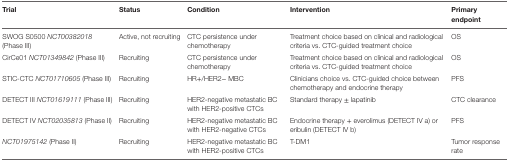
<table><thead><tr><td><b>Trial</b></td><td><b>Status</b></td><td><b>Condition</b></td><td><b>Intervention</b></td><td><b>Primary endpoint</b></td></tr></thead><tbody><tr><td>SWOG S0500 <i>NCT00382018</i> (Phase III)</td><td>Active, not recruiting</td><td>CTC persistence under chemotherapy</td><td>Treatment choice based on clinical and radiological criteria vs. CTC-guided treatment choice</td><td>OS</td></tr><tr><td>CirCe01 <i>NCT01349842</i> (Phase III)</td><td>Recruiting</td><td>CTC persistence under chemotherapy</td><td>Treatment choice based on clinical and radiological criteria vs. CTC-guided treatment choice</td><td>OS</td></tr><tr><td>STIC-CTC <i>NCT01710605</i> (Phase III)</td><td>Recruiting</td><td>HR+/HER2− MBC</td><td>Clinicians choice vs. CTC-guided choice between chemotherapy and endocrine therapy</td><td>PFS</td></tr><tr><td>DETECT III <i>NCT01619111</i> (Phase III)</td><td>Recruiting</td><td>HER2-negative metastatic BC with HER2-positive CTCs</td><td>Standard therapy ± lapatinib</td><td>CTC clearance</td></tr><tr><td>DETECT IV <i>NCT02035813</i> (Phase II)</td><td>Recruiting</td><td>HER2-negative metastatic BC with HER2-negative CTCs</td><td>Endocrine therapy + everolimus (DETECT IV a) or eribulin (DETECT IV b)</td><td>PFS</td></tr><tr><td><i>NCT01975142</i> (Phase II)</td><td>Recruiting</td><td>HER2-negative metastatic BC with HER2-positive CTCs</td><td>T-DM1</td><td>Tumor response rate</td></tr></tbody></table>